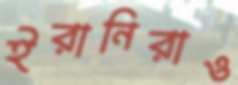
ইরানিরাও